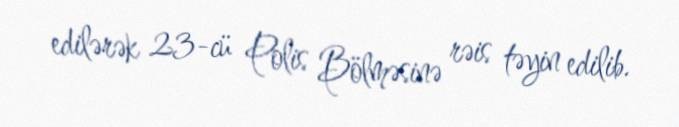
edilərək 23-cü Polis Bölməsinə rəis təyin edilib.